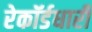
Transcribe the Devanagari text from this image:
रेकॉर्डधारी